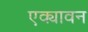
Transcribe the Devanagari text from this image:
एक्यावन